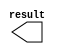
module lpm_constant4 (
	result);

	output	[0:0]  result;

endmodule